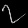
Digit: ၇